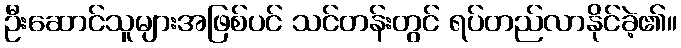
ဦးဆောင်သူများအဖြစ်ပင် သင်တန်းတွင် ရပ်တည်လာနိုင်ခဲ့၏။